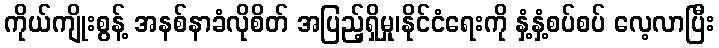
ကိုယ်ကျိုးစွန့် အနစ်နာခံလိုစိတ် အပြည့်ရှိမှု၊နိုင်ငံရေးကို နှံ့နှံ့စပ်စပ် လေ့လာပြီး